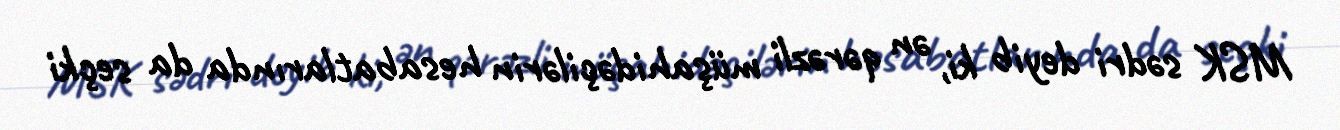
MSK sədri deyib ki, ən qərəzli müşahidəçilərin hesabatlarında da seçki